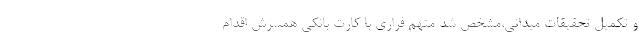
و تکمیل تحقیقات میدانی،مشخص شد متهم فراری با کارت بانکی همسرش اقدام